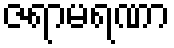
ဇရာမရဏာ